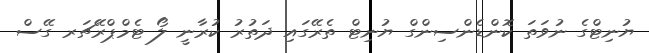
ޔުނިޓްގެ ނުވަތަ ކޮންޑެންސިންގް ޔުނިޓް ތެރޭގައި ދަތުރު ކުރާނީ ލޯ ޓެމްޕްރޭޗަރ ގޭސް